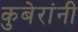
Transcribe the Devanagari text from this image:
कुबेरांनी